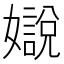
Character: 𡣛